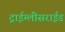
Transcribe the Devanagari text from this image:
ट्राईग्लीसराईड